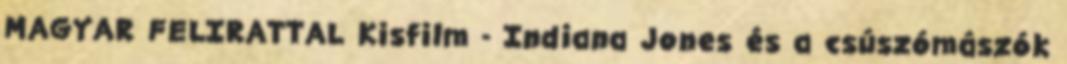
MAGYAR FELIRATTAL Kisfilm - Indiana Jones és a csúszómászók